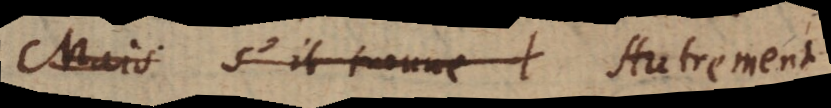
Mais s’il trouue l Autrement